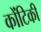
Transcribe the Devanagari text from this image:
कोंटिकी